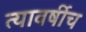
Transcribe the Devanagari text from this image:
त्यावर्षीच